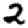
Digit: 2